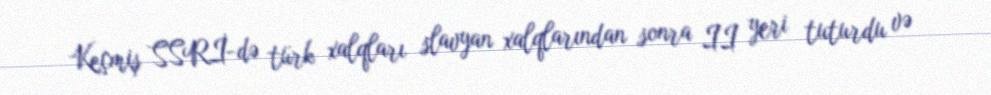
Keçmiş SSRİ-də türk xalqları slavyan xalqlarından sonra II yeri tuturdu və